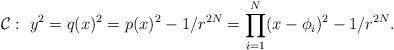
LaTeX: \begin{align*}{\cal C}:\ y^{2} = q(x)^{2}= p(x)^{2} - 1/r^{2N} = \prod_{i=1}^{N}(x-\phi_{i})^{2} - 1/r^{2N}.\end{align*}